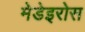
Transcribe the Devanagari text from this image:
मेडेइरोस